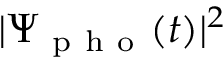
\vert \Psi _ { \mathrm { ~ p ~ h ~ o ~ } } ( t ) \vert ^ { 2 }